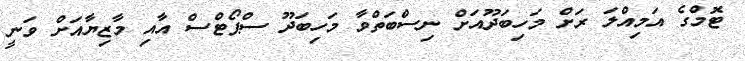
ޓޮމްގެ އަމިއްލަ ރަށް މަހިބަދޫއަށް ނިސްބަތްވާ މަހިބަދޫ ސްޕޯޓްސް އާއި މާޒިޔާއަށް ވަނީ